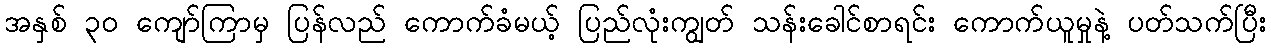
အနှစ် ၃၀ ကျော်ကြာမှ ပြန်လည် ကောက်ခံမယ့် ပြည်လုံးကျွတ် သန်းခေါင်စာရင်း ကောက်ယူမှုနဲ့ ပတ်သက်ပြီး